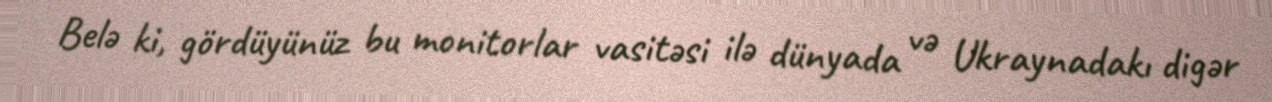
Belə ki, gördüyünüz bu monitorlar vasitəsi ilə dünyada və Ukraynadakı digər